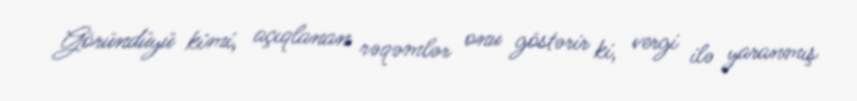
Göründüyü kimi, açıqlanan rəqəmlər onu göstərir ki, vergi ilə yaranmış